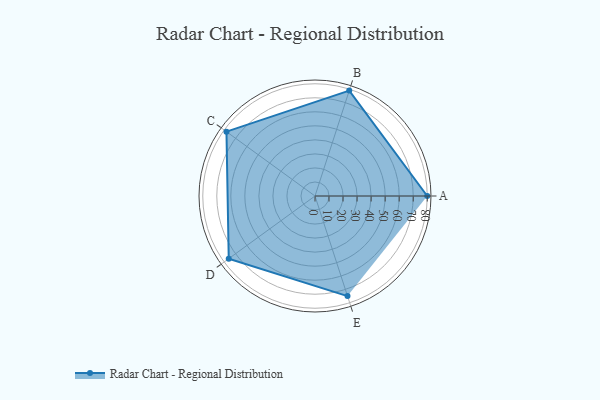
{"axis": {"x": "Skill", "y": "Score"}, "legend": ["Profile"], "data": [{"x": "A", "y": 80.0, "type": "Profile"}, {"x": "B", "y": 79.0, "type": "Profile"}, {"x": "C", "y": 78.0, "type": "Profile"}, {"x": "D", "y": 76.0, "type": "Profile"}, {"x": "E", "y": 75.0, "type": "Profile"}]}